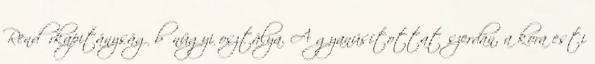
Rendőrkapitányság bűnügyi osztálya. A gyanúsítottat szerdán, a kora esti